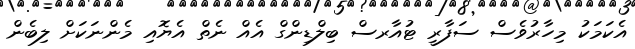
އެކަމަކު މިހާރުވެސް ސަފާރީ ޓުއާރސް ބިލްޑިންގް އެއް ނެތް އެޔޮއި މެންނަކަށް ލިބެން